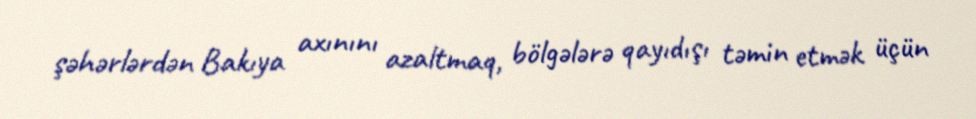
şəhərlərdən Bakıya axınını azaltmaq, bölgələrə qayıdışı təmin etmək üçün